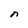
Character: n